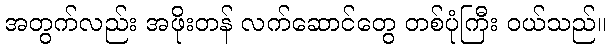
အတွက်လည်း အဖိုးတန် လက်ဆောင်တွေ တစ်ပုံကြီး ဝယ်သည်။